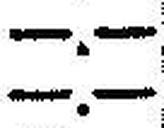
—.—